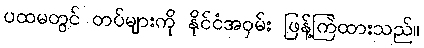
ပထမတွင် တပ်များကို နိုင်ငံအဝှမ်း ဖြန့်ကြဲထားသည်။